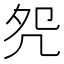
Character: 𠙀